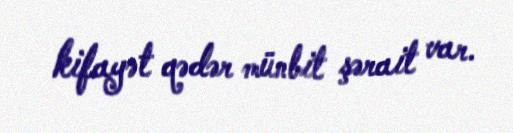
kifayət qədər münbit şərait var.